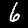
Label: 6